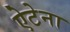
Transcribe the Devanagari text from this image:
ऐटेना